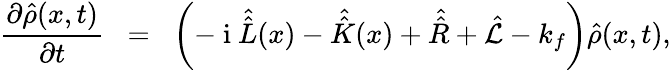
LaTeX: \frac{{\partial\hat{\rho}(x,t)}}{{\partial t}}\; \; =\; \; \left(-\mathrm{~i~}\hat{\hat{L}}(x)-\hat{\hat{K}}(x)+\hat{\hat{R}}+\hat{\mathcal{L}}-k_{f}\right)\hat{\rho}(x,t),